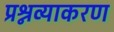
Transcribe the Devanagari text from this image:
प्रश्नव्याकरण